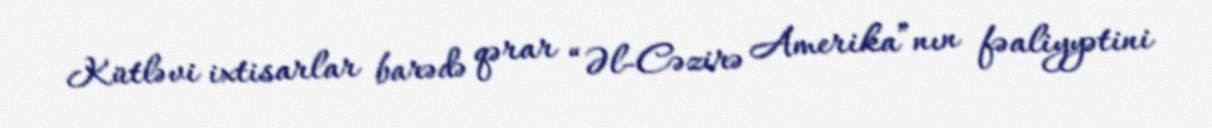
Kütləvi ixtisarlar barədə qərar “Əl-Cəzirə Amerika”nın fəaliyyətini